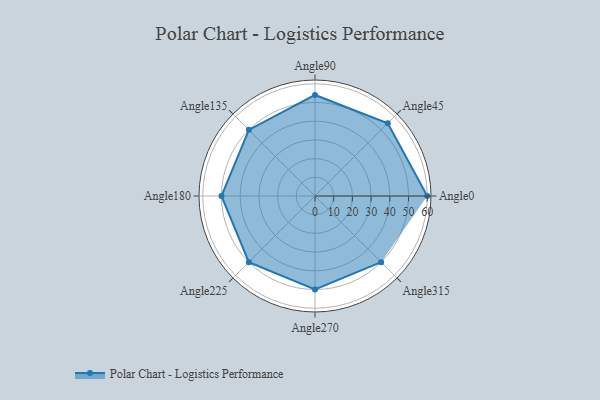
{"axis": {"x": "Angle", "y": "Radius"}, "legend": [""], "data": [{"x": "Angle0", "y": 60.0, "type": ""}, {"x": "Angle45", "y": 55.0, "type": ""}, {"x": "Angle90", "y": 54.0, "type": ""}, {"x": "Angle135", "y": 50, "type": ""}, {"x": "Angle180", "y": 50, "type": ""}, {"x": "Angle225", "y": 50, "type": ""}, {"x": "Angle270", "y": 50, "type": ""}, {"x": "Angle315", "y": 50, "type": ""}]}